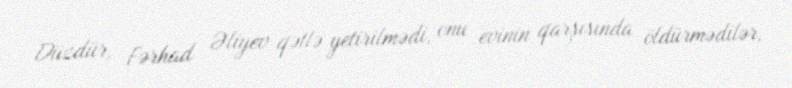
Düzdür, Fərhad Əliyev qətlə yetirilmədi, onu evinin qarşısında öldürmədilər,